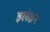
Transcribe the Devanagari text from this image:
इलेक्षन